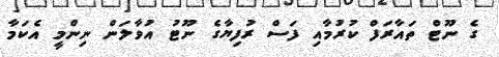
ގެ ނޫޓް ތައާރަފް ކުރުމާއި ފަސް ރުފިޔާގެ ނޫޓު އުވާލަން ނިންމީ އެކަމާ